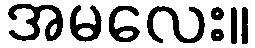
အမလေး။